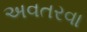
અવતરવા